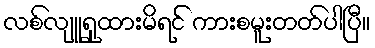
လစ်လျူရှုထားမိရင် ကားစမူးတတ်ပါပြီ။